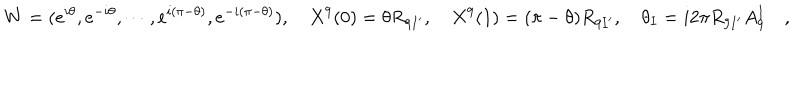
W = ( e ^ { i \theta } , e ^ { - i \theta } , \cdots , e ^ { i ( \pi - \theta ) } , e ^ { - i ( \pi - \theta ) } ) , \quad X ^ { 9 } ( 0 ) = \theta R _ { 9 I ^ { \prime } } , \quad X ^ { 9 } ( 1 ) = ( \pi - \theta ) R _ { 9 I ^ { \prime } } , \quad \theta _ { I } = i 2 \pi R _ { 9 I ^ { \prime } } A _ { 9 } ^ { I } \quad ,